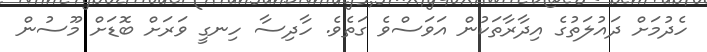
ހެދުމަށް ދައުލަތުގެ އިދާރާތަކުން އަވަސްވެ ގަތެވެ. ހާދިސާ ހިނގީ ވަރަށް ބޮޑަށް މޫސުން